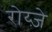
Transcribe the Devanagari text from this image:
रोय्ज़े